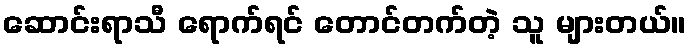
ဆောင်းရာသီ ရောက်ရင် တောင်တက်တဲ့ သူ များတယ်။